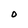
Character: O